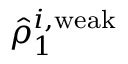
\hat { \rho } _ { 1 } ^ { i , \mathrm { w e a k } }